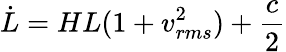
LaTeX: {\dot{L}}=HL(1+v_{rms}^{2})+{\frac{c}{2}}